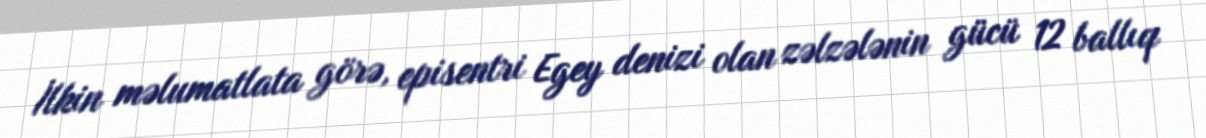
İlkin məlumatlata görə, episentri Egey denizi olan zəlzələnin gücü 12 ballıq